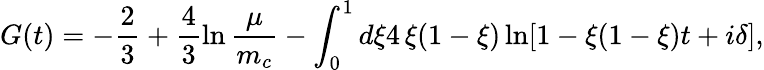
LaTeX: G(t)=-\frac{2}{3}+\frac{4}{3}\ln\frac{\mu}{m_{c}}-\int_{0}^{1}d\xi 4\, \xi(1-\xi)\ln[1-\xi(1-\xi)t+i\delta],